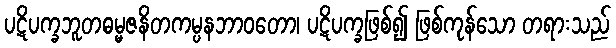
ပဋိပက္ခဘူတဓမ္မဇနိတကမ္ပနဘာဝတော၊ ပဋိပက္ခဖြစ်၍ ဖြစ်ကုန်သော တရားသည်